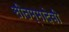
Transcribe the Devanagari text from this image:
सीतम्मादेवी